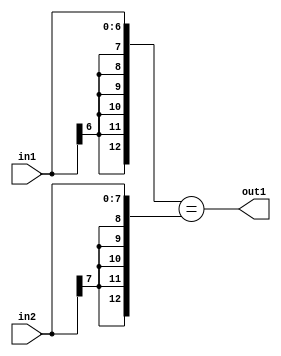
`timescale 1ps / 1ps
/*****************************************************************************
    Verilog RTL Description
    
    
    Created by: Stratus DpOpt 2019.1.01 
*******************************************************************************/

module avg_pool_Equal_8Sx7S_1U_4 (
	in2,
	in1,
	out1
	); /* architecture "behavioural" */ 
input [7:0] in2;
input [6:0] in1;
output  out1;
wire  asc001;

assign asc001 = ({{6{in1[6]}}, in1}=={{5{in2[7]}}, in2});

assign out1 = asc001;
endmodule

/* CADENCE  ubD4SAE= : u9/ySgnWtBlWxVPRXgAZ4Og= ** DO NOT EDIT THIS LINE ******/